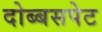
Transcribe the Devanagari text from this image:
दोब्बसपेट